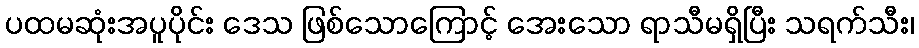
ပထမဆုံးအပူပိုင်း ဒေသ ဖြစ်သောကြောင့် အေးသော ရာသီမရှိပြီး သရက်သီး၊